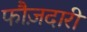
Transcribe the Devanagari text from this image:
फौज़दारी